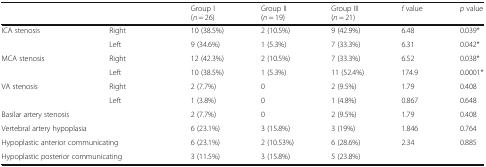
<table><thead><tr><td colspan="2"></td><td><b>Group I(<i>n</i> = 26)</b></td><td><b>Group II(<i>n</i> = 19)</b></td><td><b>Group III(<i>n</i> = 21)</b></td><td><b><i>f</i> value</b></td><td><b><i>p</i> value</b></td></tr></thead><tbody><tr><td rowspan="2">ICA stenosis</td><td>Right</td><td>10 (38.5%)</td><td>2 (10.5%)</td><td>9 (42.9%)</td><td>6.48</td><td>0.039*</td></tr><tr><td>Left</td><td>9 (34.6%)</td><td>1 (5.3%)</td><td>7 (33.3%)</td><td>6.31</td><td>0.042*</td></tr><tr><td rowspan="2">MCA stenosis</td><td>Right</td><td>12 (42.3%)</td><td>2 (10.5%)</td><td>7 (33.3%)</td><td>6.52</td><td>0.038*</td></tr><tr><td>Left</td><td>10 (38.5%)</td><td>1 (5.3%)</td><td>11 (52.4%)</td><td>174.9</td><td>0.0001*</td></tr><tr><td rowspan="2">VA stenosis</td><td>Right</td><td>2 (7.7%)</td><td>0</td><td>2 (9.5%)</td><td>1.79</td><td>0.408</td></tr><tr><td>Left</td><td>1 (3.8%)</td><td>0</td><td>1 (4.8%)</td><td>0.867</td><td>0.648</td></tr><tr><td colspan="2">Basilar artery stenosis</td><td>2 (7.7%)</td><td>0</td><td>2 (9.5%)</td><td>1.79</td><td>0.408</td></tr><tr><td colspan="2">Vertebral artery hypoplasia</td><td>6 (23.1%)</td><td>3 (15.8%)</td><td>3 (19%)</td><td>1.846</td><td>0.764</td></tr><tr><td colspan="2">Hypoplastic anterior communicating</td><td>6 (23.1%)</td><td>2 (10.53%)</td><td>6 (28.6%)</td><td rowspan="2">2.34</td><td rowspan="2">0.885</td></tr><tr><td colspan="2">Hypoplastic posterior communicating</td><td>3 (11.5%)</td><td>3 (15.8%)</td><td>5 (23.8%)</td></tr></tbody></table>